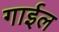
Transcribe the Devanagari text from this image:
गाईल